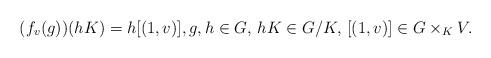
LaTeX: \begin{align*}(f_v(g))(hK)=h[(1, v)], g, h\in G,\, hK\in G/K,\, [(1, v)]\in G\times_K V.\end{align*}